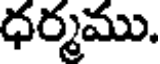
ధర్మము.